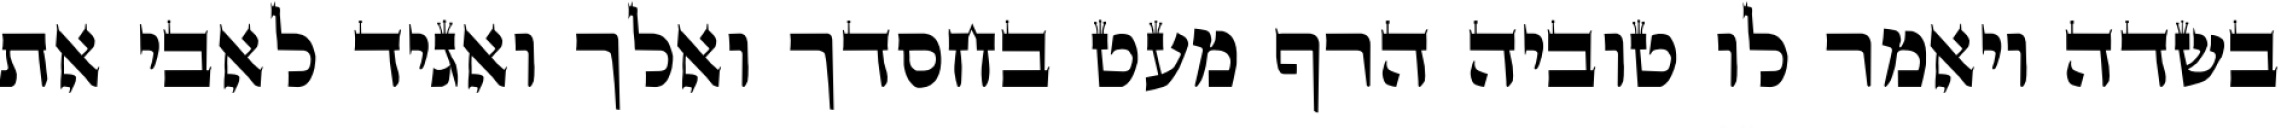
בשדה ויאמר לו טוביה הרף מעט בחסדך ואלך ואגיד לאבי את